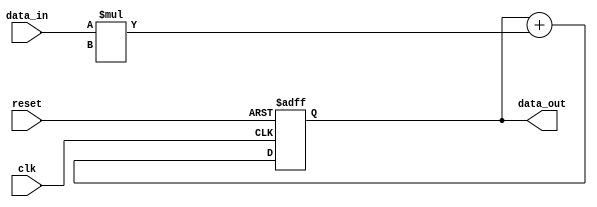
module fir_filter_acc (
  input wire clk,
  input wire reset,
  input wire [7:0] data_in,
  output reg [15:0] data_out
);

reg [15:0] accumulator;

always @(posedge clk or posedge reset) begin
  if (reset) begin
    accumulator <= 16'b0;
  end else begin
    accumulator <= accumulator + (data_in * filter_coefficient); // Assuming filter_coefficient is defined elsewhere
  end
end

assign data_out = accumulator;

endmodule